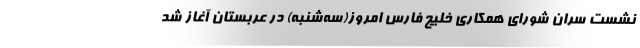
نشست سران شورای همکاری خلیج فارس امروز(سه‌شنبه) در عربستان آغاز شد